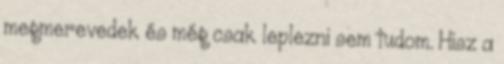
megmerevedek és még csak leplezni sem tudom. Hisz a